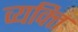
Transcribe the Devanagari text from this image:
व्यक्त्ति